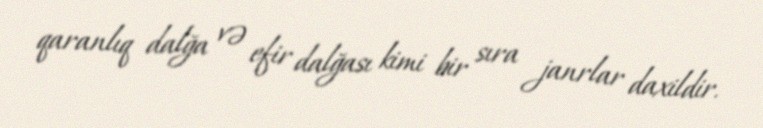
qaranlıq dalğa və efir dalğası kimi bir sıra janrlar daxildir.